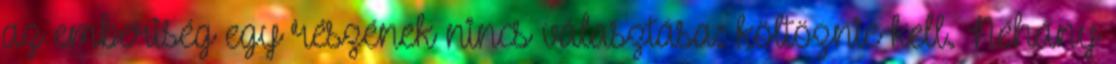
az emberiség egy részének nincs választása: költöznie kell. Néhány